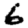
Digit: 6